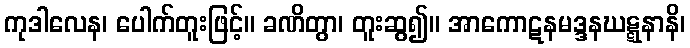
ကုဒါလေန၊ ပေါက်တူးဖြင့်။ ခဏိတွာ၊ တူးဆွ၍။ အာကောဋနမဒ္ဒနဃဋ္ဋနာနိ၊